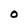
Character: 0